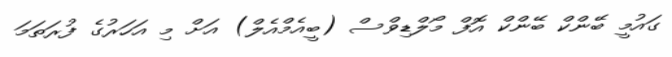
ގައުމީ ބޭންކް ބޭންކް އޮފް މޯލްޑިވްސް (ބީއެމްްއެލް) އަށް މި އަހަރުގެ ފުރަތަމަ